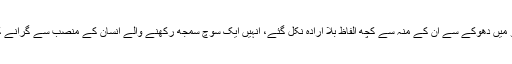
یہ کہنا کہ انٹرویو میں دھوکے سے اُن کے منہ سے کچھ الفاظ بلا ارادہ نکل گئے، اُنہیں ایک سوچ سمجھ رکھنے والے انسان کے منصب سے گرانے کے مترادف ہے ۔